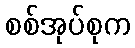
စစ်အုပ်စုက